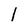
Character: l